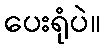
ပေးရုံပဲ။